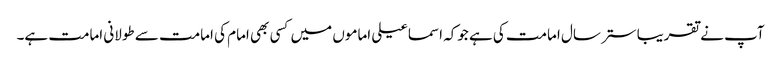
آپ نے تقریبا ستر سال امامت کی ہے جوکہ اسماعیلی اماموں میں کسی بھی امام کی امامت سے طولانی امامت ہے۔